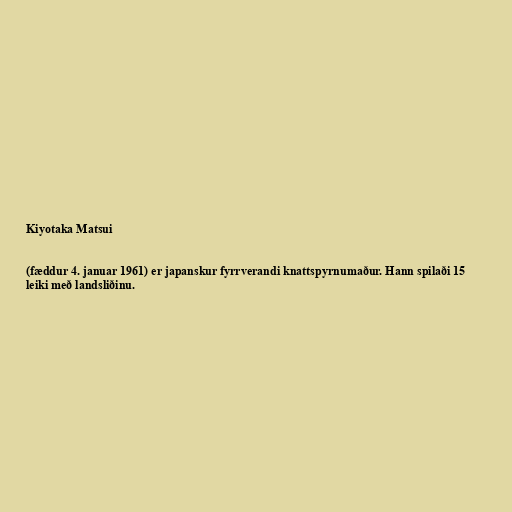
Kiyotaka Matsui

(fæddur 4. januar 1961) er japanskur fyrrverandi knattspyrnumaður. Hann spilaði 15
leiki með landsliðinu.